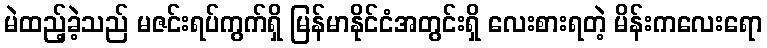
မဲထည့်ခဲ့သည် မဇင်းရပ်ကွက်ရှိ မြန်မာနိုင်ငံအတွင်းရှိ လေးစားရတဲ့ မိန်းကလေးရော